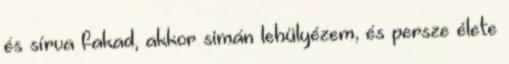
és sírva fakad, akkor simán lehülyézem, és persze élete